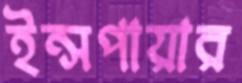
ইন্সপায়ার